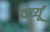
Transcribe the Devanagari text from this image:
वर्च्यू